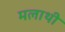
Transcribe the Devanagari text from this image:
मलाथी